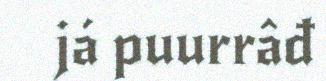
já puurrâđ